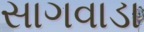
સાગવાડા